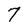
Character: 7